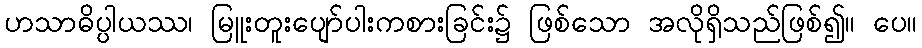
ဟသာဓိပ္ပါယဿ၊ မြူးတူးပျော်ပါးကစားခြင်း၌ ဖြစ်သော အလိုရှိသည်ဖြစ်၍။ ပေ။